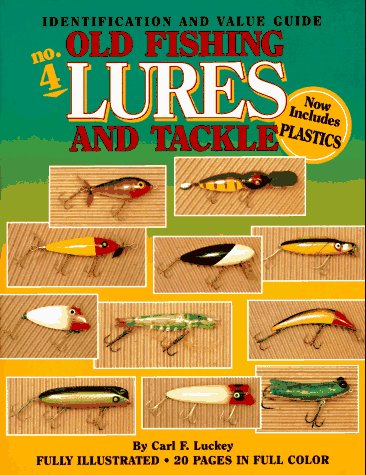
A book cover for Old Fishing Lures and Tackle: An Identification and Value Guide (Old Fishing Lures & Tackle); Carl F. Luckey; Crafts, Hobbies & Home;